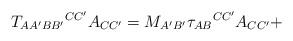
LaTeX: \begin{align*}T_{AA^{\prime }BB^{\prime }}{}^{CC^{\prime }}A_{CC^{\prime }}=M_{A^{\prime}B^{\prime }}\tau _{AB}{}^{CC^{\prime }}A_{CC^{\prime }}+\end{align*}